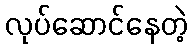
လုပ်ဆောင်နေတဲ့